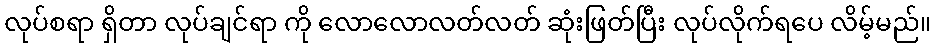
လုပ်စရာ ရှိတာ လုပ်ချင်ရာ ကို လောလောလတ်လတ် ဆုံးဖြတ်ပြီး လုပ်လိုက်ရပေ လိမ့်မည်။